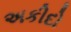
અકીદો